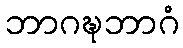
ဘာဂဍ္ဎဘာဂံ